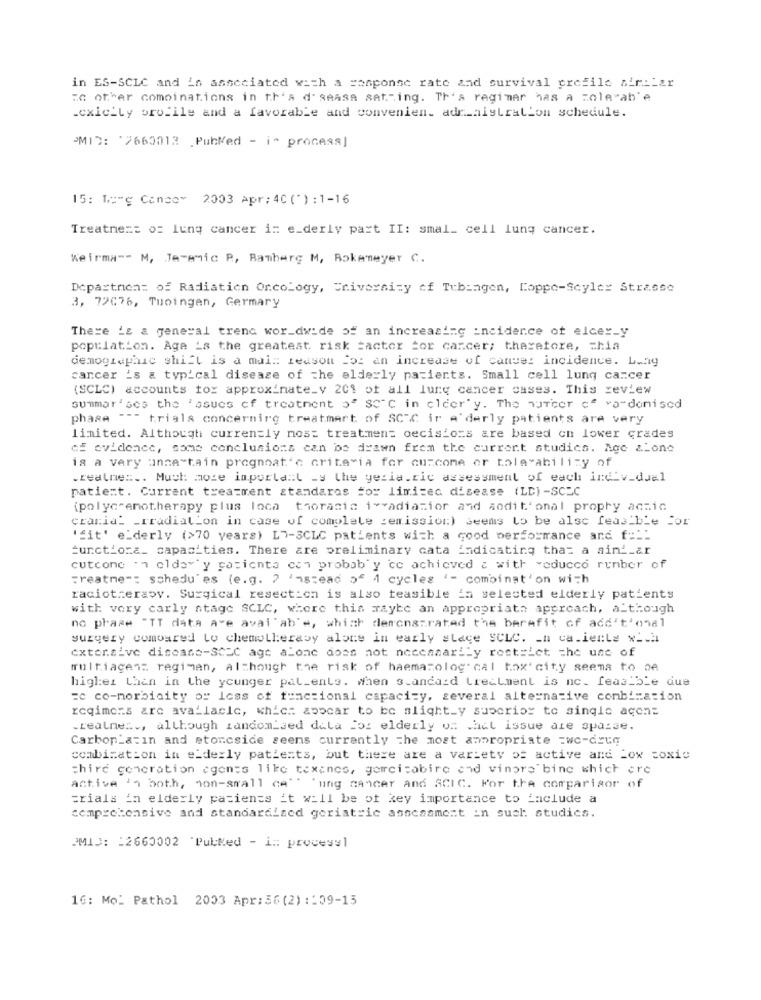
in ES-SCLC and in associated with a conponse rate and survival crefile air:Lar
In other comoinations in th's disease set .- ing. Tr's regimer has a zole"ab'e
.exic_Ly profile and a favorable and convenien. adr_aistration schedule.
"MID: '2663013 PubMed - i- process]
15: 1"g Conso" 2003 Apr: 40 (*) : 1-16
Treatnem: o: lung cancer in e_derly part II: smal_ cell lung cancer.
Keirma -- M, Jeremic P, Bamberg M, Rokemeyer C.
Department of Radiation Oncology, University of Tubingen, Coppe-Scylex Strasse
3, 72076, Tuoingen, Germary
There is a general trenc worldwide of an increasing incidence of elcer_y
population. Age 's the greatest risk Factor for carcer; therefore, chia
demographic shift is a main reason of an increase of cancer incidence. L.ag
carcer 's a typical disease of the elderly patients. Small cell lung cancer
(SCLC) accounts for approximate_v 201 of all lung cancer cases. This review
summar'Ges the 'asues of treatment "" SCC in elderly. The nurcer c" vardonised
phase """ trials concerning treatmart of SCTC ir A'derly patients are very
limited. Although currently mos: treatment decisions are based on lower crades
of evidence, some conclusions can be drawn frem the current studies. Age &Lone
is a very ance"tain prognoat'c criteria for curcome or tale-ability of
.realne :.. Much more important -s the geria.ric assessment of each individual
patient. Current treatment standaras for limited disease (LD)-SCZC
(polycrenotherapy plus loca thoracic i>>adiazior and sodit'onal prophy acnic
craria_ _ rradiation in case of complete zemission) seems to be alsc feasible For
'fit' elderly (>70 years) L7-3CLC patients with a good performance and f :::
:unctiora_ capacities. There are preliminary cata indicating that a ain'_ar
cutcone . " elday'y pacienta con probab'y cc achieved & with veducco rumber of
Treatme": schedu'es (e.g. ) Instead >" 4 cycles '- combination with
raciotrerasv. Surgical resection is also teasible in selected elderly patients
with very carly stage SCLC, where this maybe an appropriate approach, although
no phase "TT data are available, which demonstrated the benefit of additional
surgery comoared Lo chemullerasy alone in early sLace SCLC. - n ca.iente visa
cxter.sive disease-SC2C age alone does not necessarily rest=Let =he une of
multiagen: regimen, although the risk of haematolog cal toxicity seems to be
higher than in the younger pal_ents. when s.andaid treatment is nc. feasible due
=e co-morbidity or loss of functional capacity, several alternative combination
reqimens are ava-lacie, which appear to be slight_y superior to single acens
.realne ..., although randomised data for elderly os .act issue ale sparse.
Carboplatin and etoncside seems currently the most appropriate =wc-drug
combination in elderly patients, but there are a variety of active and Low toxic
chire generation agents like texines, gercisabine and vinare bine which are
active 's both, non-small ce'' ung cancer and SCIC. For the comparisor of
trials in elderly patients it will be of key importance to include a
comprehensive and standardized geriatric assessment in such: studics.
PMID: : 2660002 'Pulked - in: processl
1G: Mo: Pathol 2003 Apr:56 (2) :: 09-15